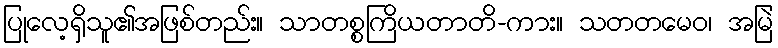
ပြုလေ့ရှိသူ၏အဖြစ်တည်း။ သာတစ္စကြိယတာတိ-ကား။ သတတမေဝ၊ အမြဲ